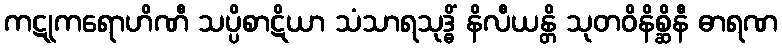
ကဋုကရောဟိဏီ သပ္ပိစာဋိယာ သံသာရသုဒ္ဓိံ နိလီယန္တိ သုတဝိနိစ္ဆိနီ ဓာရဏ